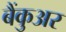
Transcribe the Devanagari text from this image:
बैंकुअर